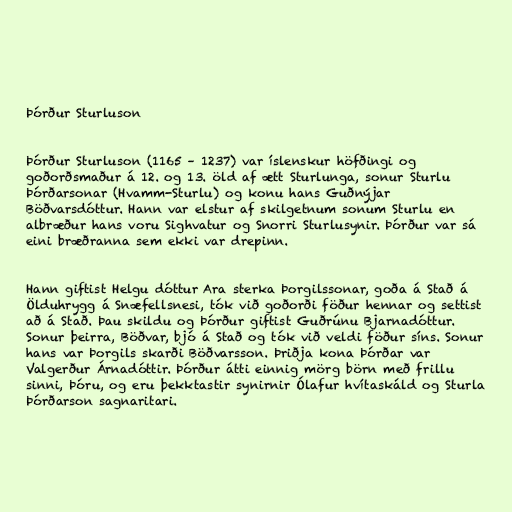
Þórður Sturluson

Þórður Sturluson (1165 – 1237) var íslenskur höfðingi og
goðorðsmaður á 12. og 13. öld af ætt Sturlunga, sonur Sturlu
Þórðarsonar (Hvamm-Sturlu) og konu hans Guðnýjar
Böðvarsdóttur. Hann var elstur af skilgetnum sonum Sturlu en
albræður hans voru Sighvatur og Snorri Sturlusynir. Þórður var sá
eini bræðranna sem ekki var drepinn.

Hann giftist Helgu dóttur Ara sterka Þorgilssonar, goða á Stað á
Ölduhrygg á Snæfellsnesi, tók við goðorði föður hennar og settist
að á Stað. Þau skildu og Þórður giftist Guðrúnu Bjarnadóttur.
Sonur þeirra, Böðvar, bjó á Stað og tók við veldi föður síns. Sonur
hans var Þorgils skarði Böðvarsson. Þriðja kona Þórðar var
Valgerður Árnadóttir. Þórður átti einnig mörg börn með frillu
sinni, Þóru, og eru þekktastir synirnir Ólafur hvítaskáld og Sturla
Þórðarson sagnaritari.